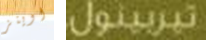
اوينز تيربينول